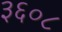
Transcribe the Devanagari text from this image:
३६०८